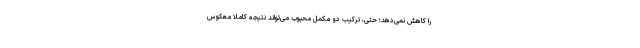
را کاهش نمی‌دهد؛ حتی، ترکیب دو مکمل محبوب می‌تواند نتیجه کاملاً معکوس